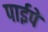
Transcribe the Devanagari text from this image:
पाईपें